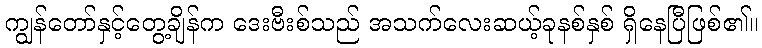
ကျွန်တော်နှင့်တွေ့ချိန်က ဒေးဗီးစ်သည် အသက်လေးဆယ့်ခုနစ်နှစ် ရှိနေပြီဖြစ်၏။